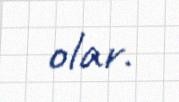
olar.